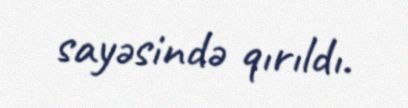
sayəsində qırıldı.